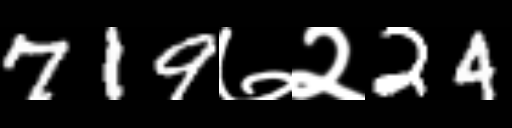
Text: 719७२24